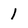
Character: 1